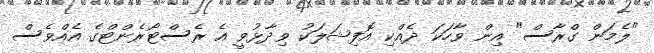
"ލެމަން ގްރާސް" އިން ވާހަކަ ދެއްކި އޮފިޝަލަކު ވިދާޅުވީ އެ ރެސްޓޯރެންޓްގެ އެއްވެސް